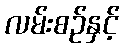
လမ်းစဉ်နှင့်